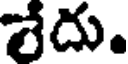
శేదు.